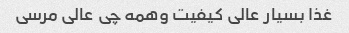
غذا بسیار عالی کیفیت وهمه چی عالی مرسی